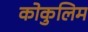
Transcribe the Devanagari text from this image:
कोकुलिम